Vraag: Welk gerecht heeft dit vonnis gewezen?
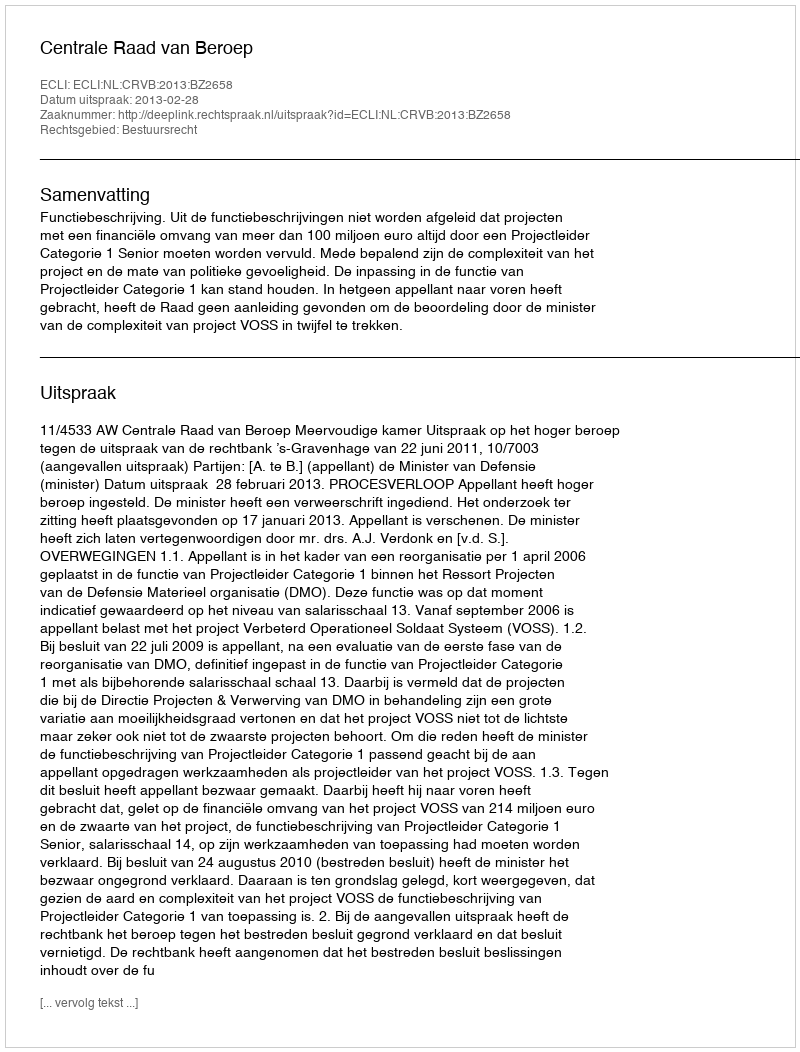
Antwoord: Centrale Raad van Beroep